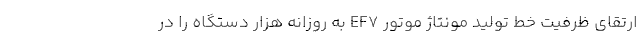
ارتقای ظرفیت خط تولید مونتاژ موتور EF7 به روزانه هزار دستگاه را در